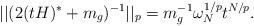
LaTeX: \begin{align*}||(2(tH)^{*}+m_{g})^{-1}||_{p}=m_{g}^{-1}\omega _{N}^{1/p}t^{N/p}.\end{align*}